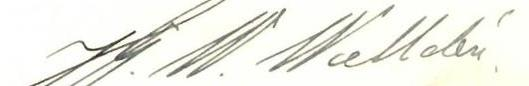
Hj. W. Walldén